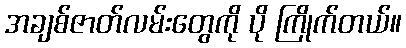
အချစ်ဇာတ်လမ်းတွေကို ပို ကြိုက်တယ်။